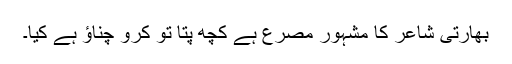
بھارتی شاعر کا مشہور مصرع ہے کچھ پتا تو کرو چناؤ ہے کیا۔